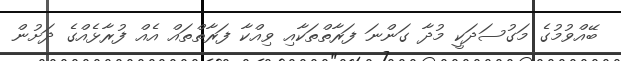
ބޭއްވުމުގެ މަގުސަދަކީ މުދާ ގަންނަ ފަރާތްތަކާއި ވިއްކާ ފަރާތްތައް އެއް ފުރާޅެއްގެ ދަށުން